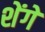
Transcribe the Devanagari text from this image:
शेंगे